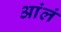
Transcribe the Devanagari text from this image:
आंलं